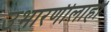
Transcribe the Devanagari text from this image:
उभारणीलाही